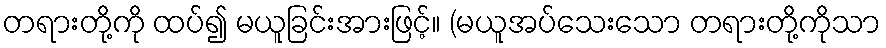
တရားတို့ကို ထပ်၍ မယူခြင်းအားဖြင့်။ (မယူအပ်သေးသော တရားတို့ကိုသာ